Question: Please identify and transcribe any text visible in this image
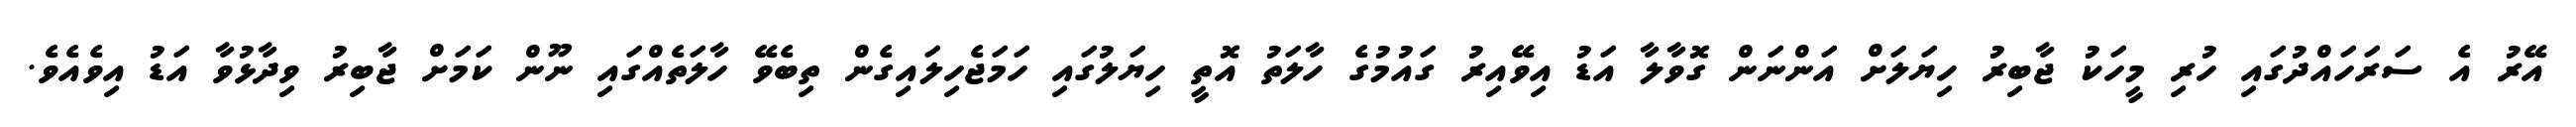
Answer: އޭރު އެ ސަރަހައްދުގައި ހުރި މީހަކު ޖާބިރު ހިޔަލަށް އަންނަން ގޮވާލާ އަޑު އިވޭއިރު ގައުމުގެ ހާލަތު އޮތީ ހިޔަލުގައި ހަމަޖެހިލައިގެން ތިބެވޭ ހާލަތެއްގައި ނޫން ކަމަށް ޖާބިރު ވިދާޅުވާ އަޑު އިވެއެވެ.